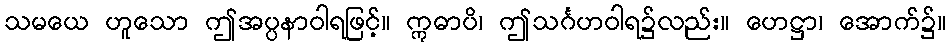
သမယေ ဟူသော ဤအပ္ပနာဝါရဖြင့်။ ဣဓာပိ၊ ဤသင်္ဂဟဝါရ၌လည်း။ ဟေဋ္ဌာ၊ အောက်၌။